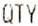
QTY